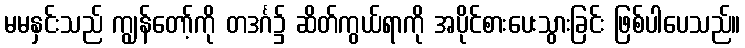
မမနှင်းသည် ကျွန်တော့်ကို တဒင်္ဂ၌ ဆိတ်ကွယ်ရာကို အပိုင်စားပေးသွားခြင်း ဖြစ်ပါပေသည်။